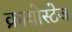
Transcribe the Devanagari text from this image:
क्रायोस्टेज